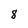
Character: 8